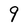
Character: 9